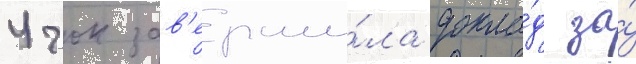
Учок зав'ерши́ла докла́д за́